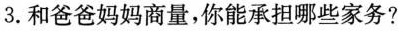
3.和爸爸妈妈商量，你能承担哪些家务?